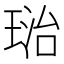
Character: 𤦮